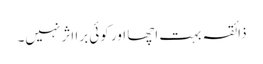
ذائقہ بہت اچھا اور کوئی برا اثر نہیں۔